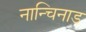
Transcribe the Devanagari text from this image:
नान्चिनाड